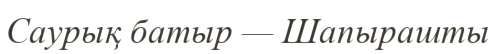
Саурық батыр — Шапырашты